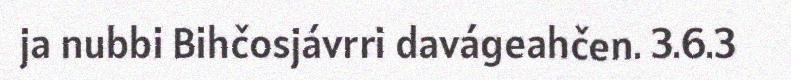
ja nubbi Bihčosjávrri davágeahčen. 3.6.3